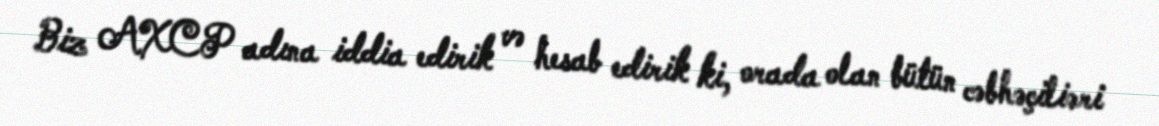
Biz AXCP adına iddia edirik və hesab edirik ki, orada olan bütün cəbhəçiliəri